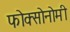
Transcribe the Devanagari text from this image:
फोक्सोनोमी